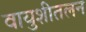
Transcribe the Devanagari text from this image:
वायुशीतलन